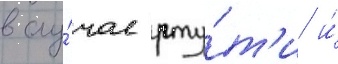
в слу́чае рту́т'и и́